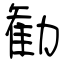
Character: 勧